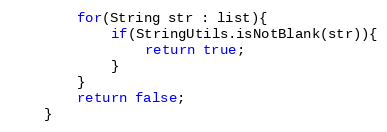
Language: Java
		for(String str : list){
			if(StringUtils.isNotBlank(str)){
				return true;
			}
		}
		return false;
	}